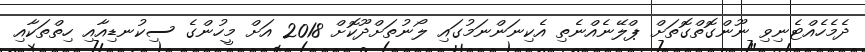
ދެމެހެއްޓެނިވި ނޫންގޮތްގޮތަށް ޕްލޭނެއްނެތި އެކިނަންނަމުގައި ލޯނުތަށްދޫކޮށް 2018 އަށް މީހުންގެ ސިކުނޑިއާއި ހިތްތަކާއި